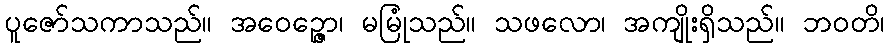
ပူဇော်သကာသည်။ အဝေဉ္ဇော၊ မမြုံသည်။ သဖလော၊ အကျိုးရှိသည်။ ဘဝတိ၊